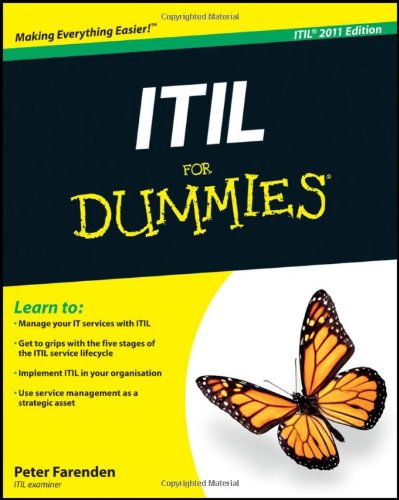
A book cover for ITIL For Dummies; Peter Farenden; Business & Money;